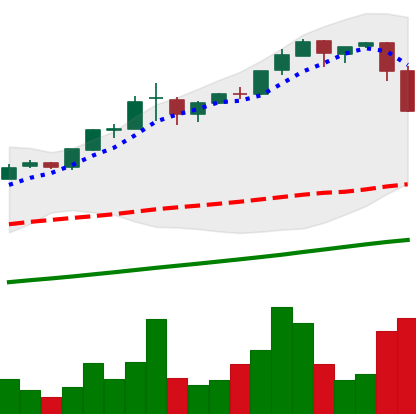
Ticker: BTC-USD
Chart end date: 2017-03-08
Forward return: 7.123%
Label: up_7plus